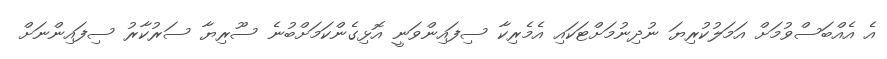
އެ އެއްބަސްވުމަށް އަމަލުކުރިޔަ ނުދިނުމަށްޓަކައި އެމެރިކާ ސިފައިންވަނީ އޮޅިގެންކަމަށްބުނެ ސޫރިޔާ ސަރުކާރު ސިފައިންނަށް